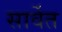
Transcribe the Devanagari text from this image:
सार्वेत